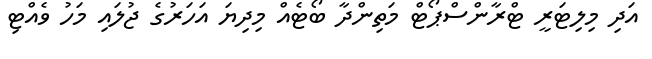
އަދި މިލިޓަރީ ޓްރާންސްޕޯޓް މަތިންދާ ބޯޓެއް މިދިޔަ އަހަރުގެ ޖުލައި މަހު ވެއްޓި